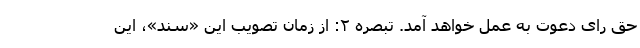
حق رای دعوت به عمل خواهد آمد. تبصره ۲: از زمان تصویب این «سند»، این